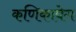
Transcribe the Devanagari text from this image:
कणिकावेग